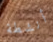
أنشطة